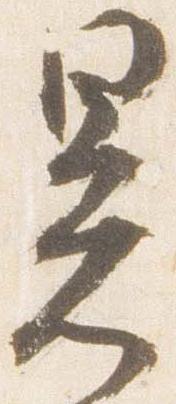
署